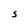
Character: S